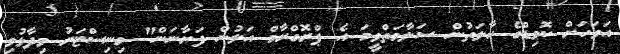
އަވަހަށް ކޮވިޑްގެ ހާލަތުން ސަލާމަތްވީމަ އެ ޕްރޮގްރާމް އަލުން ފަށާނަން" މިނިސްޓަރު ވިދާޅުވި